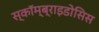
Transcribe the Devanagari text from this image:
स्कॉम्ब्राइडोसिस